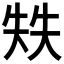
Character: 𰋣